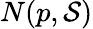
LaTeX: N(p,{\mathcal{S}})